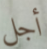
أجل